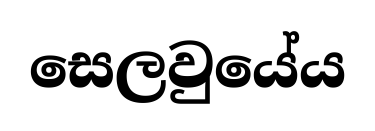
සෙලවුයේය